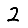
Digit: 2